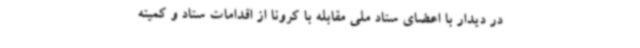
در دیدار با اعضای ستاد ملی مقابله با کرونا از اقدامات ستاد و کمیته